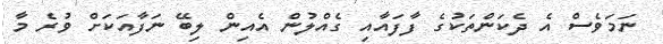
ނަމަވެސް އެ ދެކަންތަކުގެ ފާފައާއި ގެއްލުން އެއިން ލިބޭ ނަފާއަކަށް ވުރެ މާ